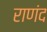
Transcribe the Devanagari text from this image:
राणंद